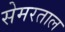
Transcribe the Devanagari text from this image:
सेमरताल